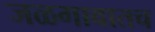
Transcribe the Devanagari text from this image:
जळगावातच